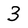
Character: 3